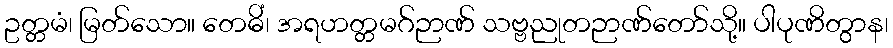
ဥတ္တမံ၊ မြတ်သော။ တေဓိံ၊ အရဟတ္တမဂ်ဉာဏ် သဗ္ဗညုတဉာဏ်တော်သို့။ ပါပုဏိတွာန၊